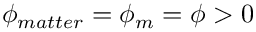
\phi _ { m a t t e r } = \phi _ { m } = \phi > 0